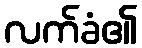
လက်ခံ၏